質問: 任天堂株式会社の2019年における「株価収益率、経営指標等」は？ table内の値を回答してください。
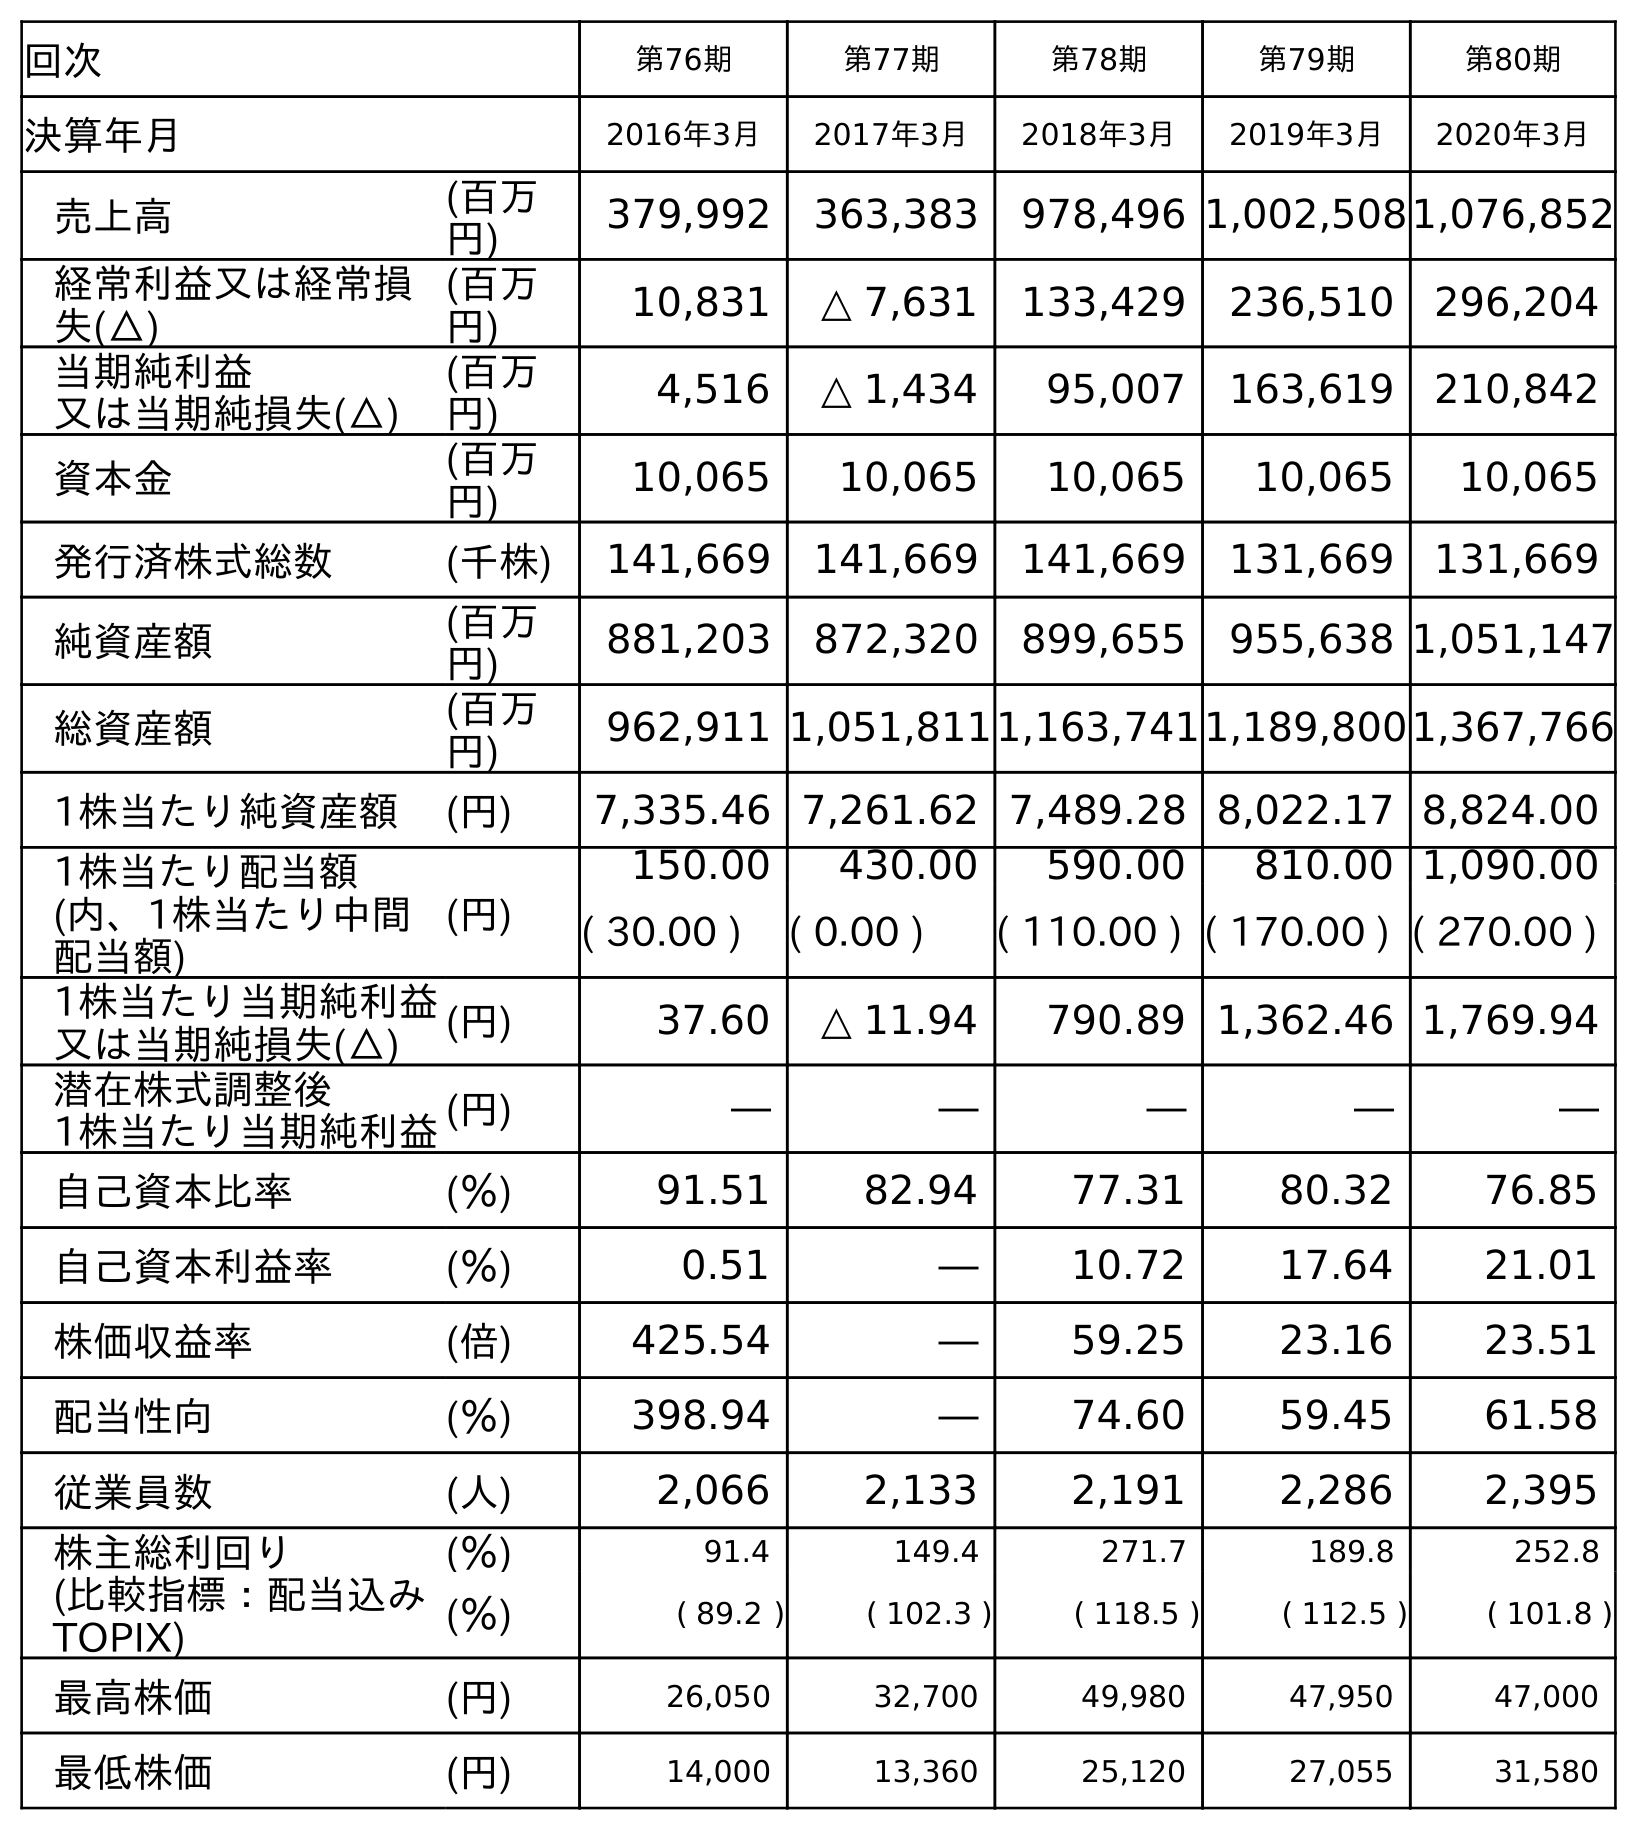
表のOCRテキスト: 回次 第76期 第77期 第78期 第79期 第80期 決算年月 2016年3月 2017年3月 2018年3月 2019年3月 2020年3月 売上高 (百万 円) 379,992 363,383 978,496 1,002,5081,076,852 経常利益又は経常損 失(△) (百万 円) 10,831 △ 7,631 133,429 236,510 296,204 当期純利益 又は当期純損失(△) (百万 円) 4,516 △ 1,434 95,007 163,619 210,842 資本金 (百万 円) 10,065 10,065 10,065 10,065 10,065 発行済株式総数 (千株) 141,669 141,669 141,669 131,669 131,669 純資産額 (百万 円) 881,203 872,320 899,655 955,638 1,051,147 総資産額 (百万 円) 962,911 1,051,8111,163,7411,189,8001,367,766 1株当たり純資産額 (円) 7,335.46 7,261.62 7,489.28 8,022.17 8,824.00 1株当たり配当額 (内、1株当たり中間 配当額) (円) 150.00 430.00 590.00 810.00 1,090.00 ( 30.00 ) ( 0.00 ) ( 110.00 ) ( 170.00 ) ( 270.00 ) 1株当たり当期純利益 又は当期純損失(△) (円) 37.60 △ 11.94 790.89 1,362.46 1,769.94 潜在株式調整後 1株当たり当期純利益(円) ― ― ― ― ― 自己資本比率 (％) 91.51 82.94 77.31 80.32 76.85 自己資本利益率 (％) 0.51 ― 10.72 17.64 21.01 株価収益率 (倍) 425.54 ― 59.25 23.16 23.51 配当性向 (％) 398.94 ― 74.60 59.45 61.58 従業員数 (人) 2,066 2,133 2,191 2,286 2,395 株主総利回り (比較指標：配当込み TOPIX) (％) 91.4 149.4 271.7 189.8 252.8 (％) ( 89.2 ) ( 102.3 ) ( 118.5 ) ( 112.5 ) ( 101.8 ) 最高株価 (円) 26,050 32,700 49,980 47,950 47,000 最低株価 (円) 14,000 13,360 25,120 27,055 31,580
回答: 23.16